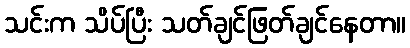
သင်းက သိပ်ပြီး သတ်ချင်ဖြတ်ချင်နေတာ။